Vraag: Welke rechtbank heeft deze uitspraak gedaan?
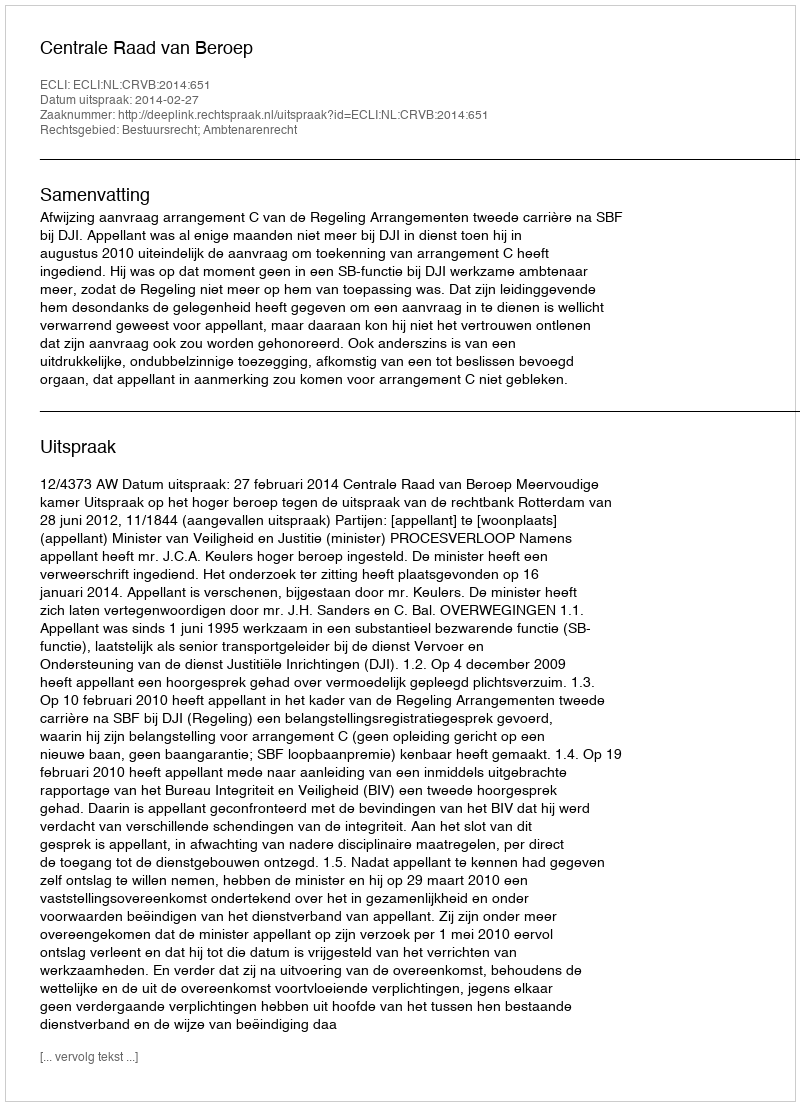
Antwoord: Centrale Raad van Beroep